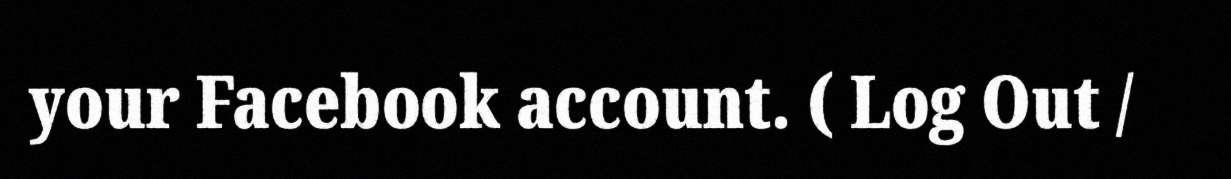
your Facebook account. ( Log Out /